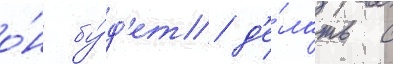
о́н бу́д'ет д'е́лать с